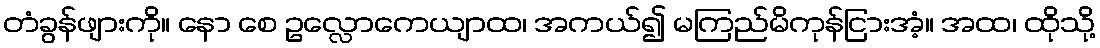
တံခွန်ဖျားကို။ နော စေ ဥလ္လောကေယျာထ၊ အကယ်၍ မကြည်မိကုန်ငြားအံ့။ အထ၊ ထိုသို့